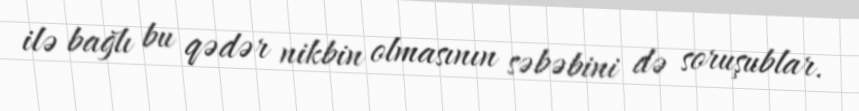
ilə bağlı bu qədər nikbin olmasının səbəbini də soruşublar.